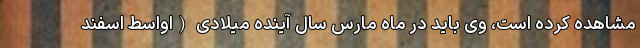
مشاهده کرده است، وی باید در ماه مارس سال آینده میلادی (اواسط اسفند